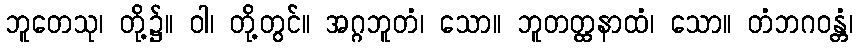
ဘူတေသု၊ တို့၌။ ဝါ၊ တို့တွင်။ အဂ္ဂဘူတံ၊ သော။ ဘူတတ္ထနာထံ၊ သော။ တံဘဂဝန္တံ၊